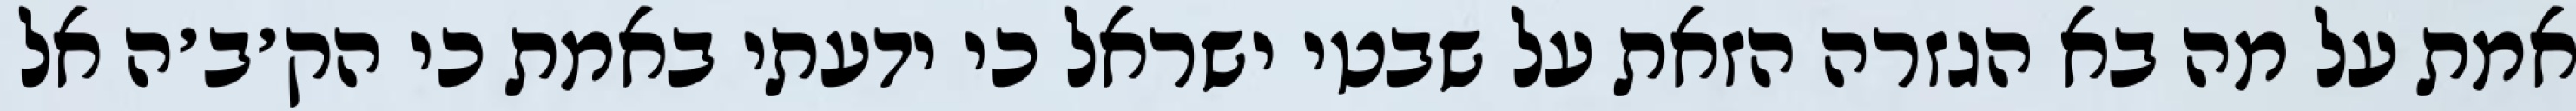
אמת על מה בא הגזרה הזאת על שבטי ישראל כי ידעתי באמת כי הק׳ב׳ה אל